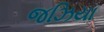
જઝિયા